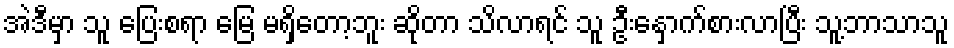
အဲဒီမှာ သူ ပြေးစရာ မြေ မရှိတော့ဘူး ဆိုတာ သိလာရင် သူ ဦးနှောက်စားလာပြီး သူ့ဘာသာသူ